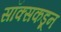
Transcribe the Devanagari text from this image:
सॉक्सकडून